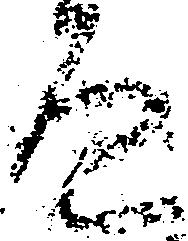
道